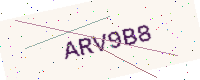
Text: ARV9B8